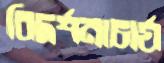
বিদর্শনাচার্য